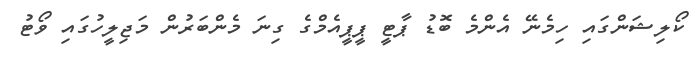
ކޯލިޝަންގައި ހިމެނޭ އެންމެ ބޮޑު ޕާޓީ ޕީޕީއެމްގެ ގިނަ މެންބަރުން މަޖިލީހުގައި ވޯޓު